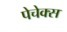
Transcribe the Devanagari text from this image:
पेचेक्स